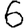
Digit: 6